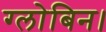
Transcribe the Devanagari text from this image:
ग्लोबिन।